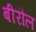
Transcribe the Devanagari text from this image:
बीरौल